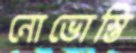
নোভোস্তি